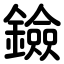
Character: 鐱